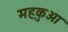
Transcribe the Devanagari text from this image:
महकुआ